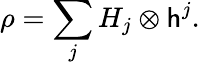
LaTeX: \rho=\sum_{j}H_{j}\otimes\mathsf{h}^{j}.